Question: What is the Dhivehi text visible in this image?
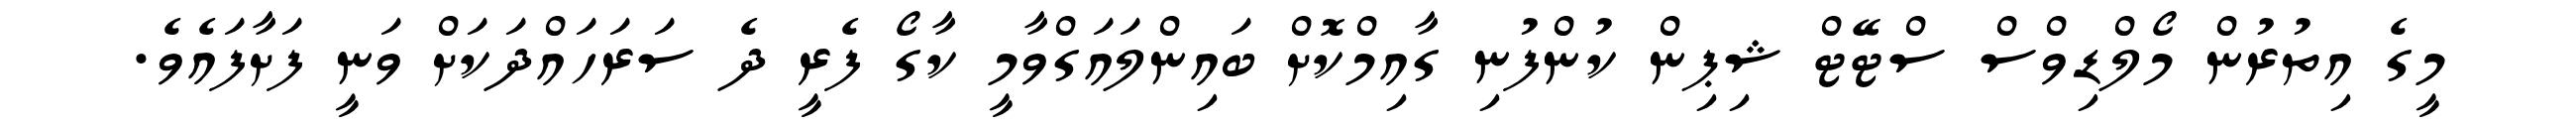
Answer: މީގެ އިތުރުން މޯލްޑިވްސް ސްޓޭޓް ޝިޕިން ކުންފުނި ގާއިމްކޮށް ބައިންލައަގްވާމީ ކާގޯ ފެރީ ދެ ސަރަހައްދަކަށް ވަނީ ފަށާފައެވެ.